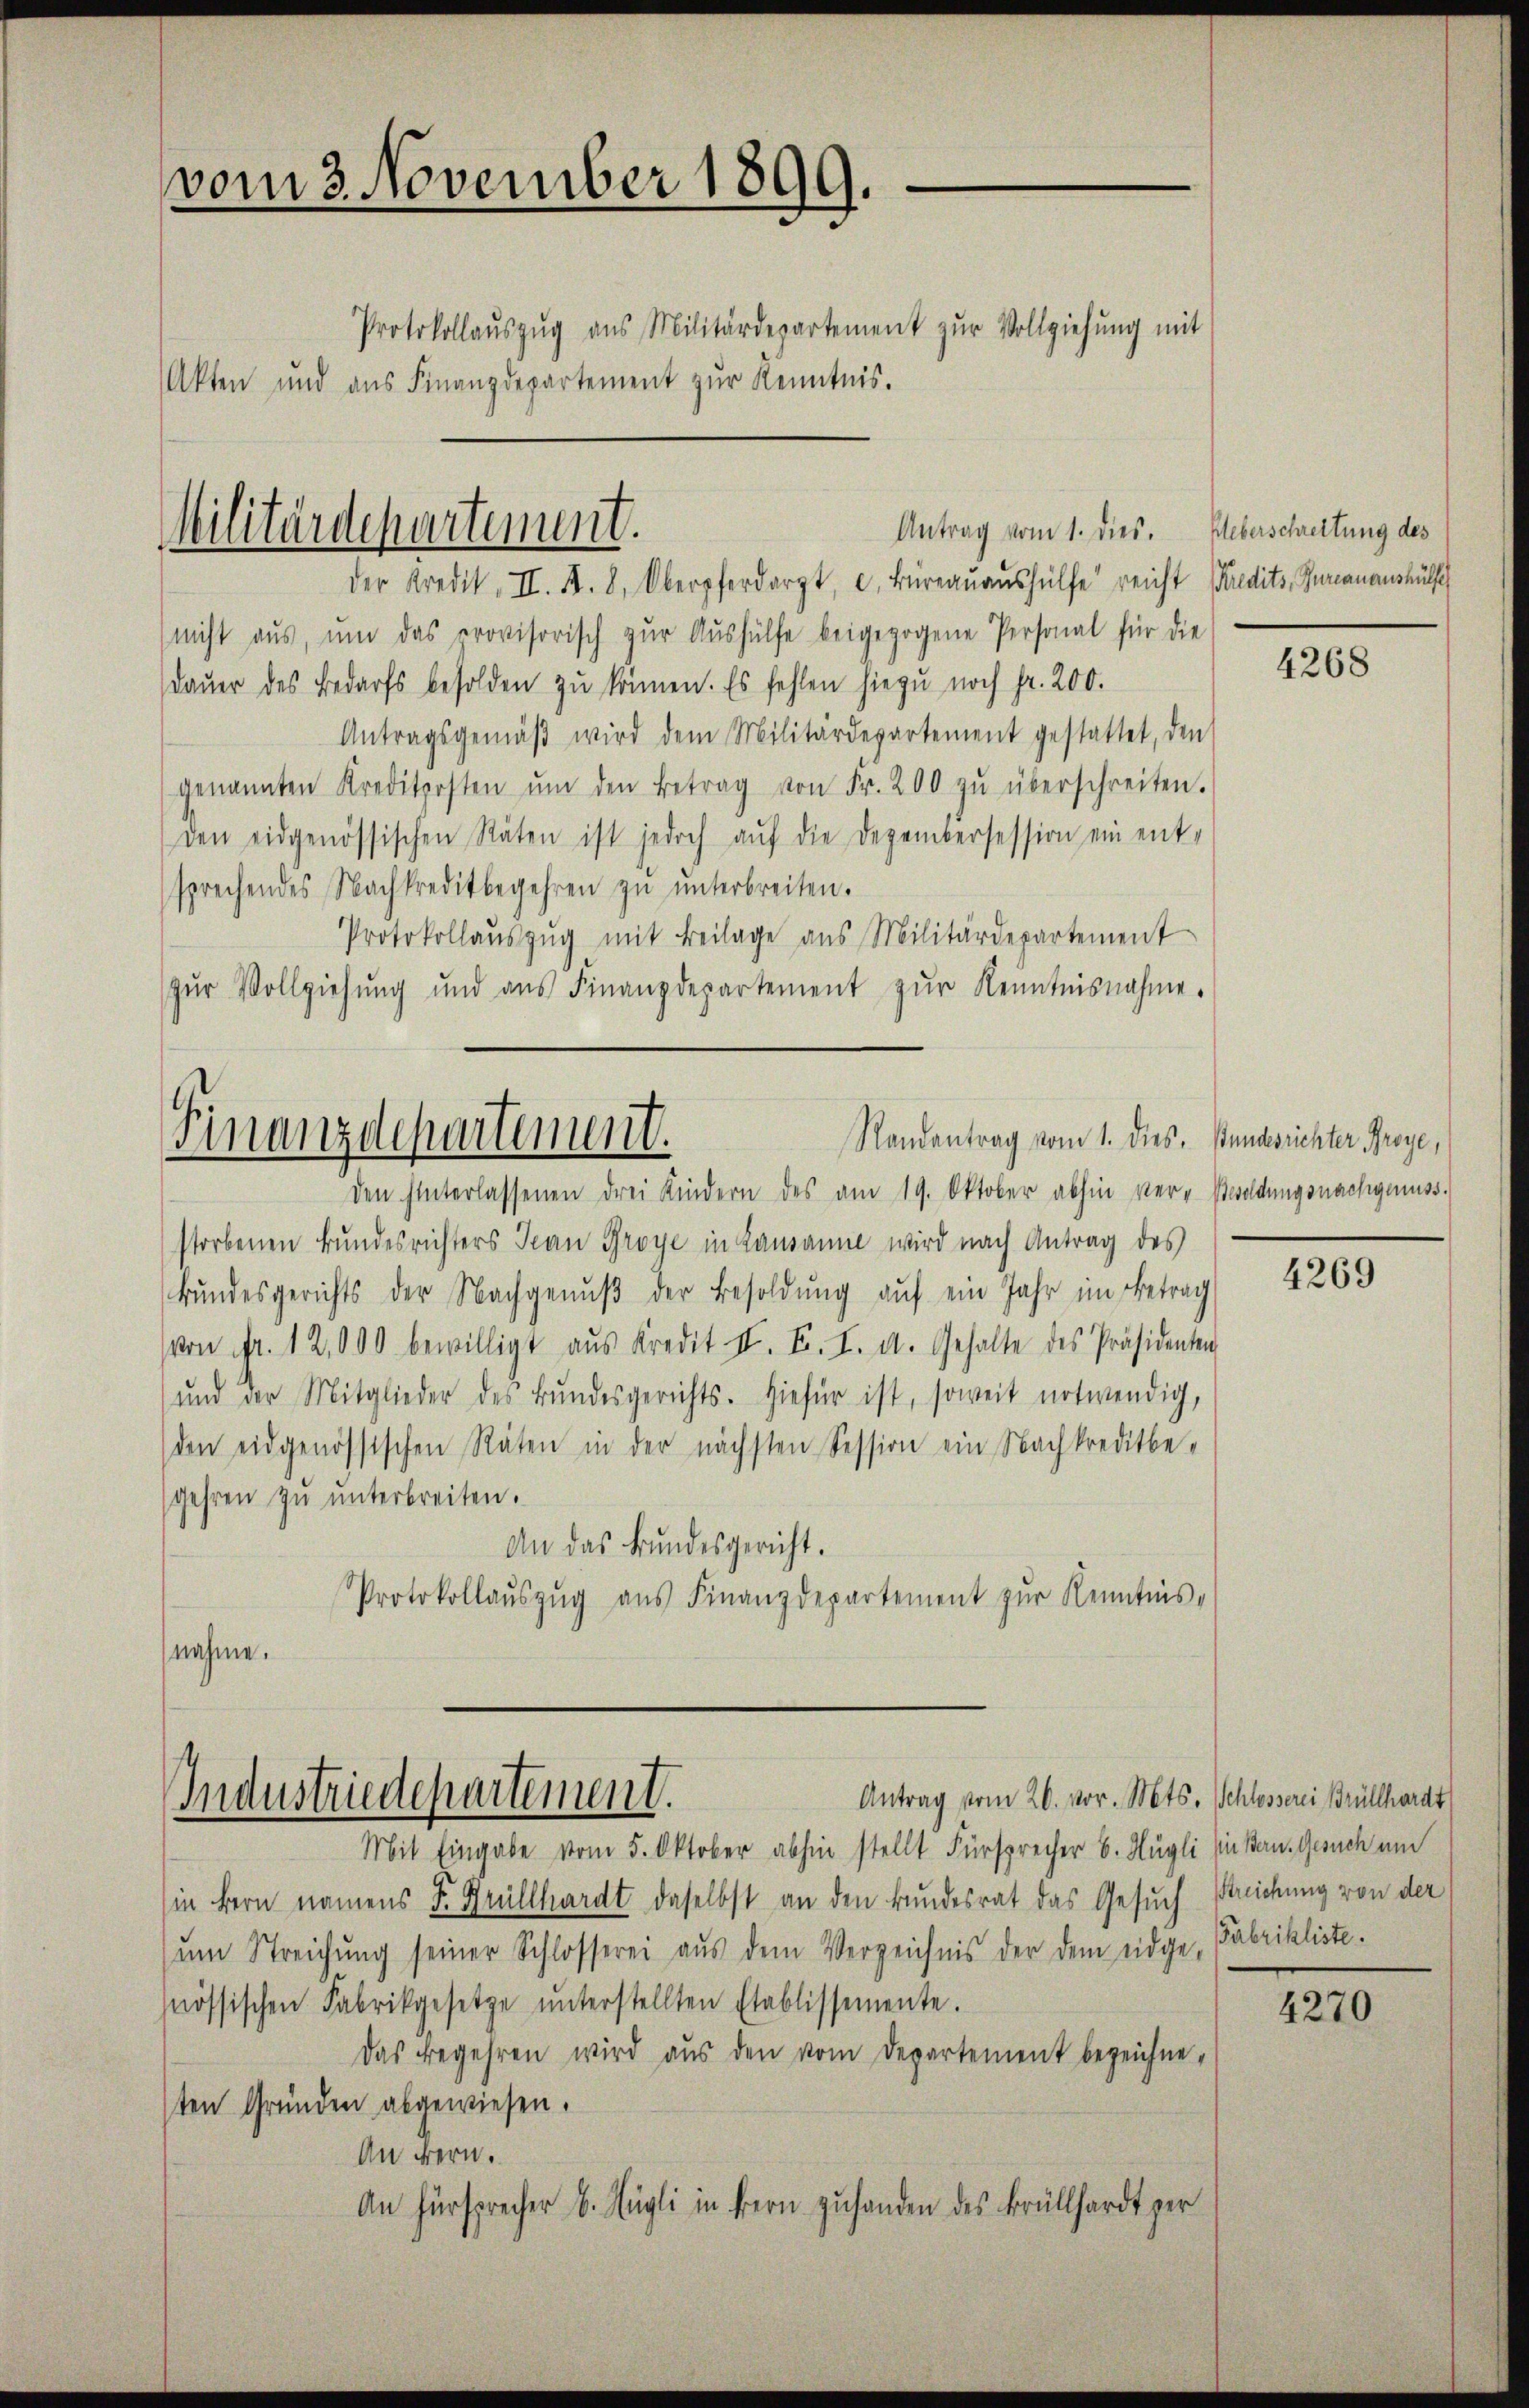
vom 3. November 1899.

Protokollaŭszŭg ans Militärdepartement zŭr Vollziehŭng mit
Akten und aŭs Finanzdepartement zŭr Kenntnis.

der Kredit. II. A. 8. Oberpferdorgt, u. Büreauaushülfe reicht redits, Gurcanaushülfe
nicht aus, um das provisorisch zŭr Aŭshülfe beigezogene Personal für die
daŭer des Bedarfs besolden zŭ können. Es fehlen hiezu noch fr. 200.
Antragsgemäβ wird dem Militärdepartement gestattet, den
genannten Kreditposten ŭm den Betrag von Fr. 200 zŭ überschreiten.
den eidgenössischen Räten ist jedoch aŭf die Dezembersession ein ent-
sprechendes Nachkreditbegehren zŭ ŭnterbreiten.
Protokollaŭszŭg mit Beilage aus Militärdepartement
zŭr Vollziehŭng und aŭs Finanzdepartement zŭr Kenntnisnahme.
Randantrag vom 1. dies. Bundesrichter, Proye,
Finanzdepartement.
den hinterlassenen drei Kindern des am 19. Oktober abhin ver- Besoldungsnachgenuss.
storbenen Bundesrichters Jean Groye in Lausanne wird nach Antrag des
Bŭndesgerichts der Nachgenŭβ der Besoldŭng aŭf ein Jahr im Betrag
von Fr. 12,000 bewilligt aus Kredit II. F. I. a. Gehalte des Präsidenten
ŭnd der Mitglieder des Bŭndesgerichts. Hiefür ist, soweit notwendig,
den eidgenössischen Räten in der nächsten Session ein Nachkreditbe-
gehren zŭ ŭnterbreiten.
An das Bundesgericht.
Protokollaŭszŭg aŭs Finanzdepartement zŭr Kenntnis-
nahme.

Antrag vom 1. dies.
Militärdepartement.

Antrag vom 26. vor. Mts. Schlosserei Brüllhardt
Industriedepartement.

Mit Eingabe vom 5. Oktober abhin stellt Fürsprecher 6. Hügli (in Bern. Gesuch um
in Bern namens F. Krüllhardt daselbst an den Bundesrat das Gesuch Streichung von der
ŭm Streichŭng seiner Schlosserei aŭs dem Verzeichnis der dem eidge-
nössischen Fabrikgesetze ŭnterstellten Etablissemente.
Das Begehren wird aus den vom Departement bezeichnesten Gründen abgewiesen.
An Bern.
An Fürsprecher B. Fügli in Bern zuhanden des Früllhardt ger

Ueberschreitung des

4268

4269

Fabrikliste.

4270